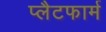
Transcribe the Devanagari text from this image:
प्‍लैटफार्म